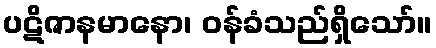
ပဋိဇာနမာနော၊ ဝန်ခံသည်ရှိသော်။